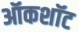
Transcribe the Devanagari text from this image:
ऑकशॉट